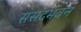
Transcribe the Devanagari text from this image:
संसदभवन